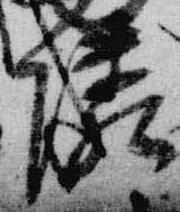
隣